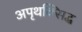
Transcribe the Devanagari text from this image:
अपृथक्सिद्ध